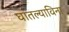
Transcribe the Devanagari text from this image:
घातल्याविना